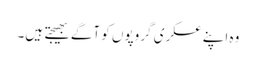
وہ اپنے عسکری گروپوں کو آگے بھیجتے ہیں۔